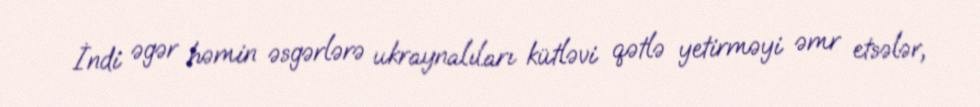
İndi əgər həmin əsgərlərə ukraynalıları kütləvi qətlə yetirməyi əmr etsələr,